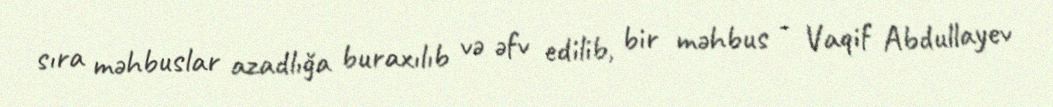
sıra məhbuslar azadlığa buraxılıb və əfv edilib, bir məhbus - Vaqif Abdullayev